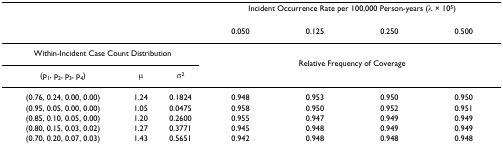
|  |  |  | <COLSPAN=4> Incident Occurrence Rate per 100,000 Person-years (λ × 105) |
 |  |  |  | 0.050 | 0.125 | 0.250 | 0.500 |
 | --- | --- | --- | --- | --- | --- | --- |
 | <COLSPAN=3> Within-Incident Case Count Distribution | <COLSPAN=4>  |
 | <COLSPAN=3>  | <COLSPAN=4> Relative Frequency of Coverage |
 | (p1, p2, p3, p4) | μ | σ2 |  |  |  |  |
 | (0.76, 0.24, 0.00, 0.00) | 1.24 | 0.1824 | 0.948 | 0.953 | 0.950 | 0.950 |
 | (0.95, 0.05, 0.00, 0.00) | 1.05 | 0.0475 | 0.958 | 0.950 | 0.952 | 0.951 |
 | (0.85, 0.10, 0.05, 0.00) | 1.20 | 0.2600 | 0.955 | 0.947 | 0.949 | 0.949 |
 | (0.80, 0.15, 0.03, 0.02) | 1.27 | 0.3771 | 0.945 | 0.948 | 0.949 | 0.949 |
 | (0.70, 0.20, 0.07, 0.03) | 1.43 | 0.5651 | 0.942 | 0.948 | 0.948 | 0.948 |